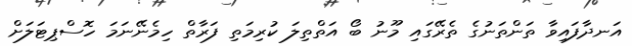
އަނދާފައިވާ ތަންތަނުގެ ތެރޭގައި މޫނު ބޯ އަތްތިލަ ކުރިމަތި ފަރާތް ހިމެނޭނަމަ ހޮސްޕިޓަލަށް